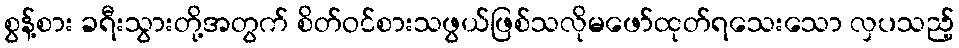
စွန့်စား ခရီးသွားတို့အတွက် စိတ်ဝင်စားသဖွယ်ဖြစ်သလိုမဖော်ထုတ်ရသေးသော လှပသည့်